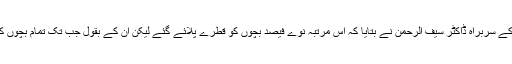
وائس آف امریکہ سے گفتگو کرتے ہوئے پولیو ایمرجنسی آپریشن سیل کے سربراہ ڈاکٹر سیف الرحمن نے بتایا کہ اس مرتبہ نوے فیصد بچوں کو قطرے پلائے گئے لیکن ان کے بقول جب تک تمام بچوں کو یہ ویکسین نہیں پلا دی جاتی اس وقت تک مہم چلائی جاتی رہے گی۔